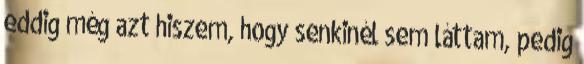
eddig még azt hiszem, hogy senkinél sem láttam, pedig